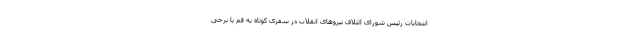
انتخابات رئیس شورای ائتلاف نیروهای انقلاب در سفری کوتاه به قم با برخی